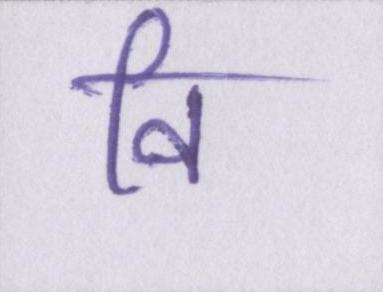
वि